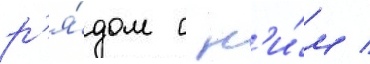
р'я́дом с н'и́м /